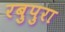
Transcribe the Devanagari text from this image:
रबुपुरा